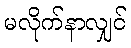
မလိုက်နာလျှင်